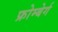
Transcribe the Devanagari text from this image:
फ्रोम्बेर्ग